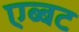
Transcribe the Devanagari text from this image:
एब्बट